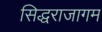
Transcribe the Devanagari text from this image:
सिद्धराजागम